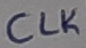
Text: CLK